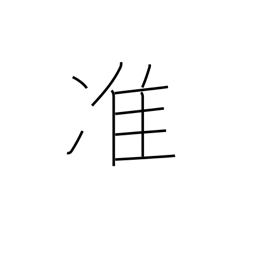
Meaning: semi-